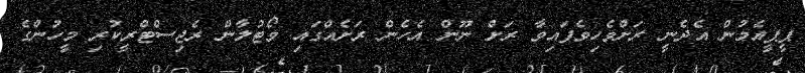
ޕީޕީއެމުން އެދެނީ ރަށްވެހިވެފައިވާ ރަށް ނޫން އެހެން ރަށެއްގައި ވޯޓުލާން ރެޖިސްޓްރީކުރި މީހުންގެ